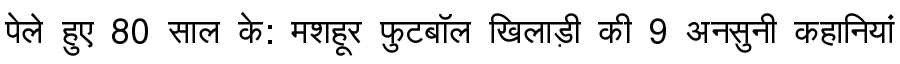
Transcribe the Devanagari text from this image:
पेले हुए 80 साल के: मशहूर फुटबॉल खिलाड़ी की 9 अनसुनी कहानियां